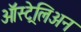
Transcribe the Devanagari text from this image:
ऑस्ट्रेलिअन